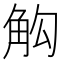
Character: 𮗣